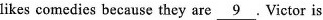
likes comedies because they are \underline{ 9 }.Victor is